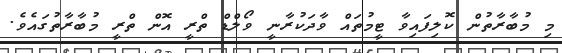
މި މުބާރާތުން ކޮލިފައިވާ ޓީމުތައް ވާދަކުރާނީ ވޯލްޑް ތްރީ އޮން ތްރީ މުބާރާތުގައެވެ.